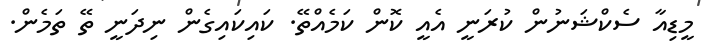
މީޑިއާ ސެކްޝަނުން ކުރަނީ އެއީ ކޮން ކަމެއްތޭ. ކައިކައިގެން ނިދަނީ ތޭ ތަމެން.